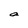
Character: a